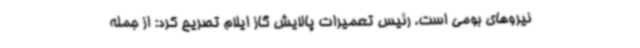
نیروهای بومی است. رئیس تعمیرات پالایش گاز ایلام تصریح کرد: از جمله